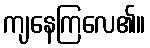
ကျနေကြလေ၏။